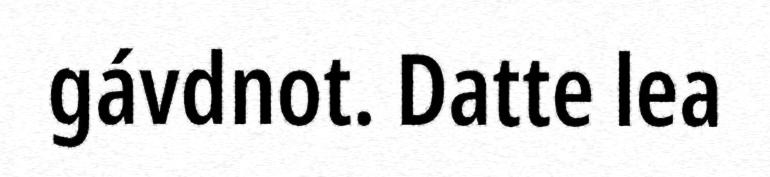
gávdnot. Datte lea